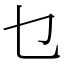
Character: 乜